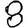
Digit: 8